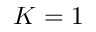
K = 1